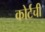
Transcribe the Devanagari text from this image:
कोर्टची